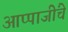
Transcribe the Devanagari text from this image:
आप्पाजींचे